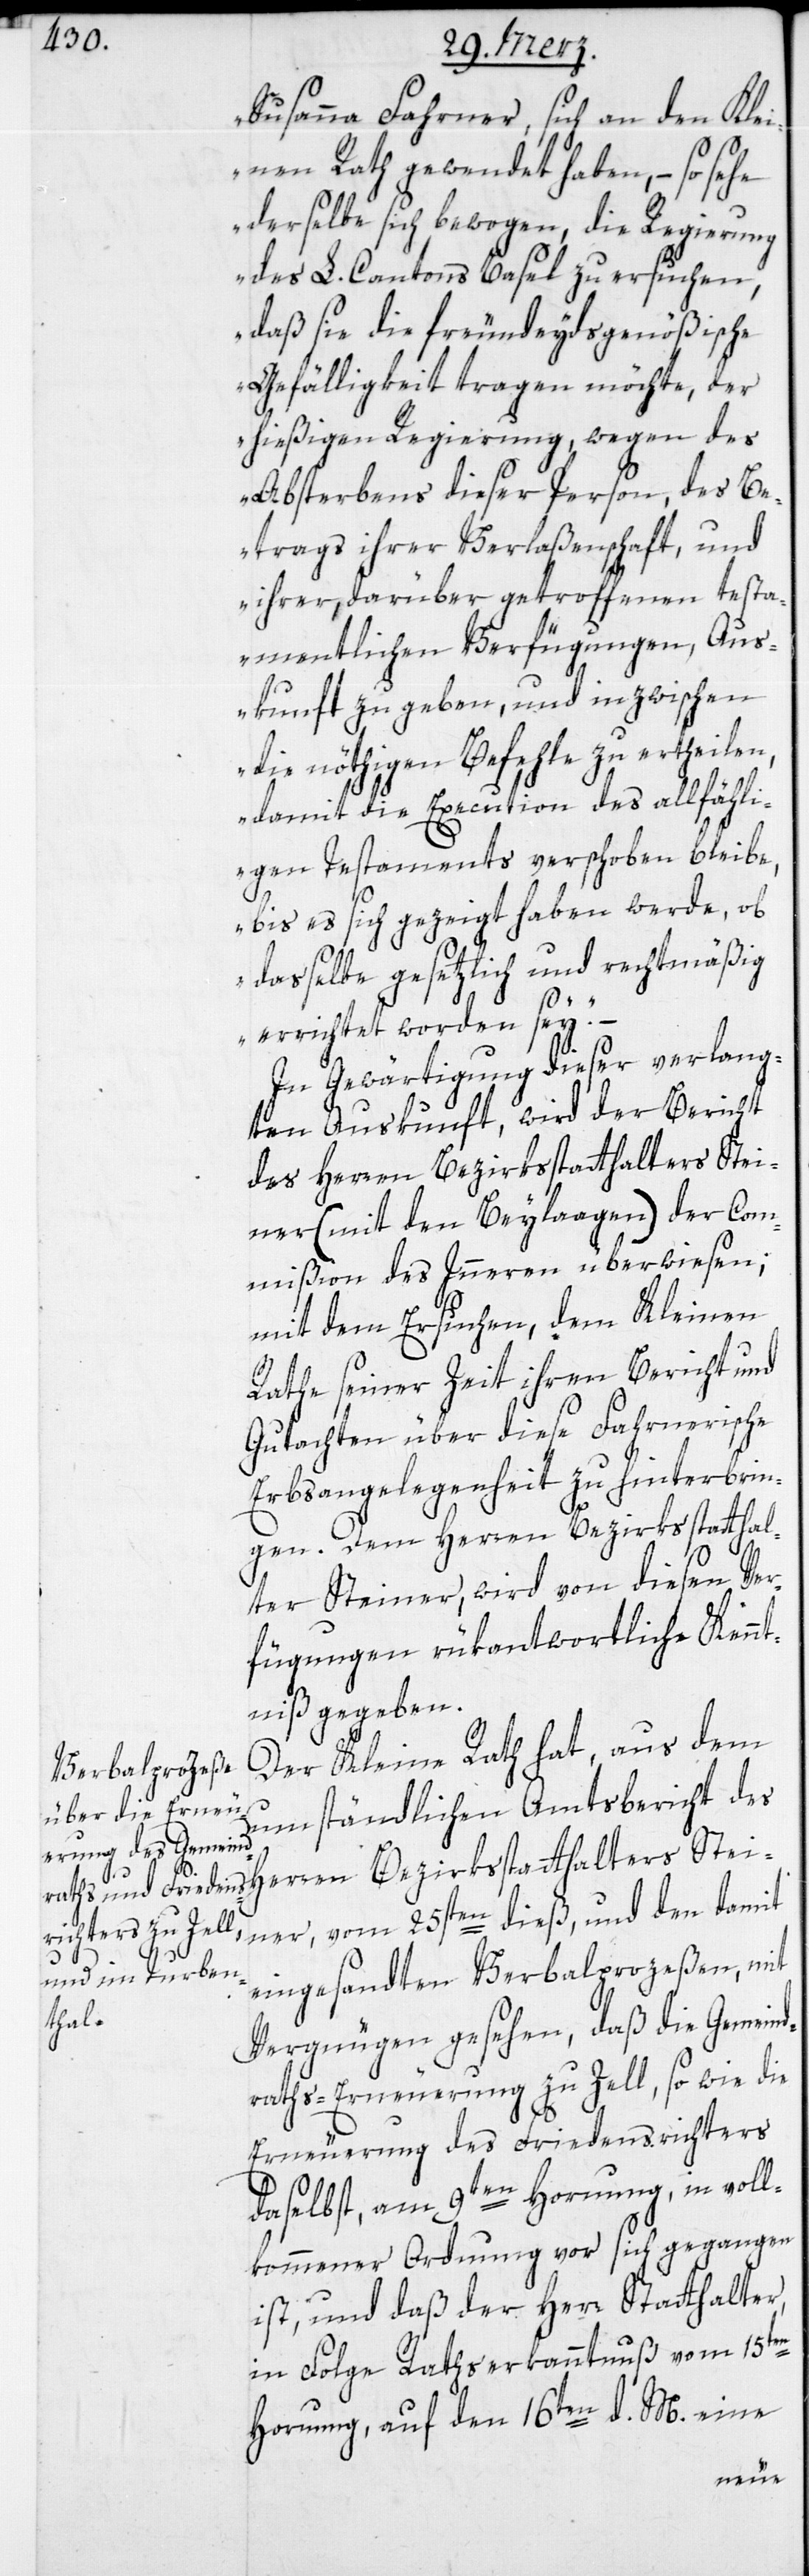
Susanna Fahrner, sich an den Kle¬
inen Rath gewendet haben, – so sehe
derselbe sich bewogen, die Regierung
des L. Cantons Basel zu ersuchen,
daß sie die freundeydsgenößische
Gefälligkeit tragen möchte, der
hießigen Regierung, wegen des
Absterbens dieser Person, des Be¬
trags ihrer Verlaßenschaft, und
ihrer, darüber getroffenen testa¬
mentlichen Verfügungen, Aus¬
kunft zu geben, und inzwischen
die nöthigen Befehle zu ertheilen,
damit die Execution des allfähli¬
gen Testaments verschoben bleibe,
bis es sich gezeigt haben werde, ob
dasselbe gesetzlich und rechtmäßig
errichtet worden sey“.
In Gewärtigung dieser verlang¬
ten Auskunft, wird der Bericht
es Herren Bezirksstatthalters Stei¬
ner (mit den Beylaagen) der Com¬
mißion des Inneren überwiesen;
mit dem Ersuchen, dem Kleinen
Rathe seiner Zeit ihren Bericht und
Gutachten über diese Fahrnerische
Erbsangelegenheit zu hinterbrin¬
gen. Dem Herren Bezirksstatthal¬
ter Steiner, wird von diesen Ver¬
fügungen rükantwortliche Kennt¬
niß gegeben.
Der Kleine Rath hat, aus dem
umständlichen Amtsbericht d¬
ner, vom 25sten dieß, und den damit
eingesandten Verbalprozeßen, mit
Vergnügen gesehen, daß die Gemeind¬
raths-Erneuerung zu Zell so wie die
Erneuerung des Friedensrichters
daselbst, am 9ten Hornung, in voll¬
kommener Ordnung vor sich gegangen
ist, und daß der Herr Statthalter,
in Folge Rathserkanntnuß vom 15ten
Hornung, auf den 16ten d. M. eine